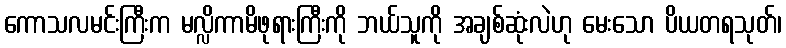
ကောသလမင်းကြီးက မလ္လိကာမိဖုရားကြီးကို ဘယ်သူကို အချစ်ဆုံးလဲဟု မေးသော ပိယတရသုတ်၊